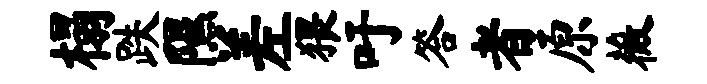
榻跌隰差猥吁答者原薇